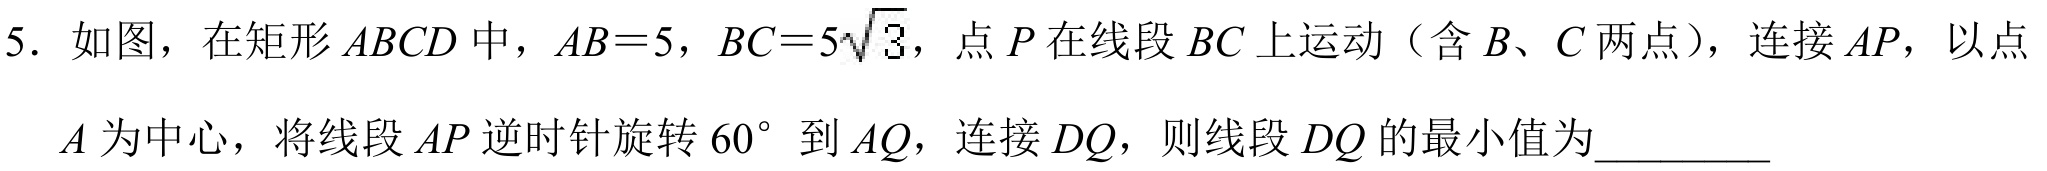
5. 如图，在矩形\(ABCD\)中，\(AB = 5\)，\(BC = 5\sqrt{3}\)，点\(P\)在线段\(BC\)上运动（含\(B\)、\(C\)两点），连接\(AP\)，以点
\(A\)为中心，将线段\(AP\)逆时针旋转\(60^{\circ}\)到\(AQ\)，连接\(DQ\)，则线段\(DQ\)的最小值为_________